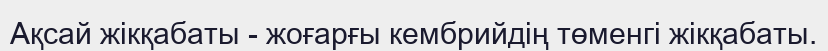
Ақсай жiкқабаты - жоғарғы кембрийдің төменгі жікқабаты.